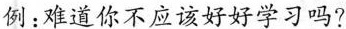
例：难道你不应该好好学习吗？